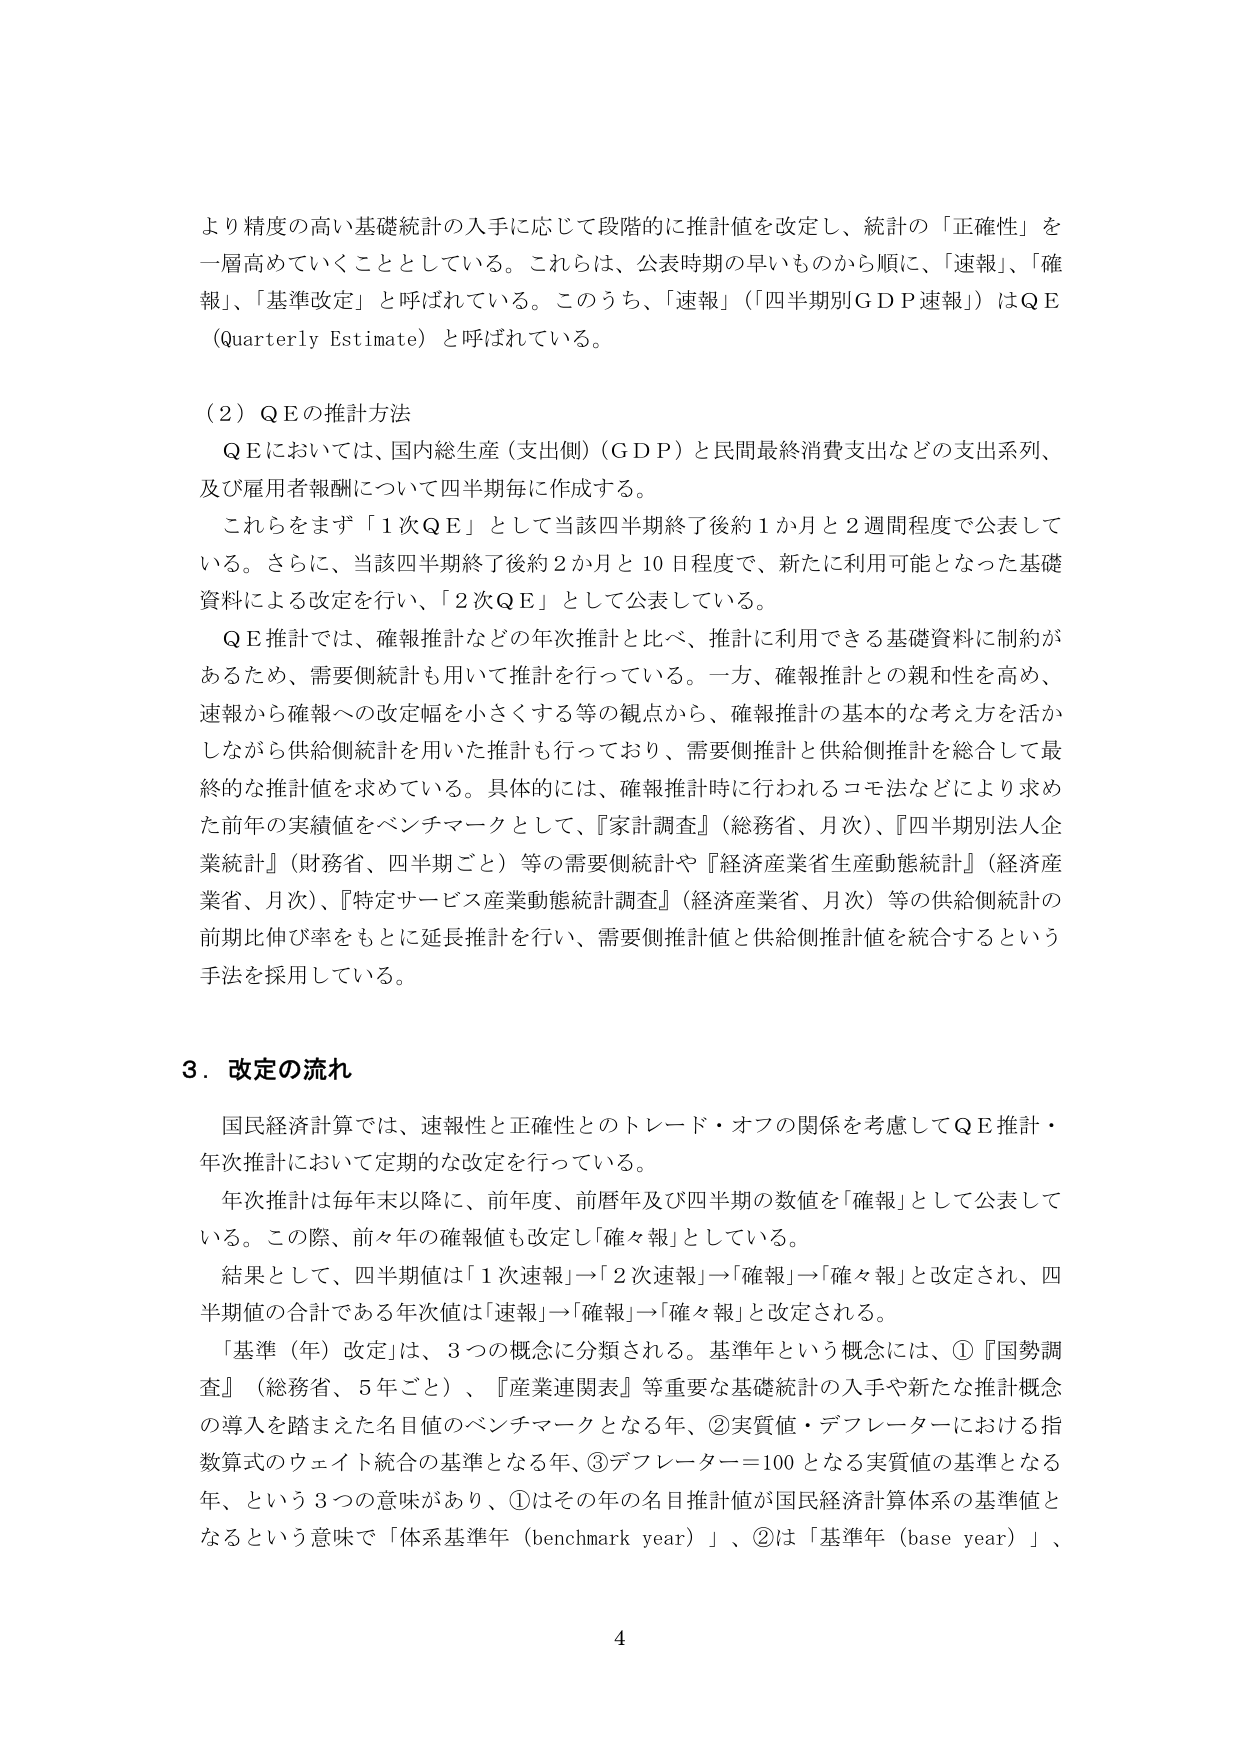
より精度の高い基礎統計の入手に応じて段階的に推計値を改定し、統計の「正確性」を一層高めていくこととしている。これらは、公表時期の早いものから順に、「速報」、「確報」、「基準改定」と呼ばれている。このうち、「速報」（「四半期別ＧＤＰ速報」）はＱＥ（Quarterly Estimate）と呼ばれている。

（２）ＱＥの推計方法

　ＱＥにおいては、国内総生産（支出側）（ＧＤＰ）と民間最終消費支出などの支出系列、及び雇用者報酬について四半期毎に作成する。

　これらをまず「１次ＱＥ」として当該四半期終了後約１か月と２週間程度で公表している。さらに、当該四半期終了後約２か月と10日程度で、新たに利用可能となった基礎資料による改定を行い、「２次ＱＥ」として公表している。

　ＱＥ推計では、確報推計などの年次推計と比べ、推計に利用できる基礎資料に制約があるため、需要側統計も用いて推計を行っている。一方、確報推計との親和性を高め、速報から確報への改定幅を小さくする等の観点から、確報推計の基本的な考え方を活かしながら供給側統計を用いた推計も行っており、需要側推計と供給側推計を総合して最終的な推計値を求めている。具体的には、確報推計時に行われるコモ法などにより求めた前年の実績値をベンチマークとして、『家計調査』（総務省、月次）、『四半期別法人企業統計』（財務省、四半期ごと）等の需要側統計や『経済産業省生産動態統計』（経済産業省、月次）、『特定サービス産業動態統計調査』（経済産業省、月次）等の供給側統計の前期比伸び率をもとに延長推計を行い、需要側推計値と供給側推計値を統合するという手法を採用している。

３．改定の流れ

　国民経済計算では、速報性と正確性とのトレード・オフの関係を考慮してＱＥ推計・年次推計において定期的な改定を行っている。

　年次推計は毎年末以降に、前年度、前暦年及び四半期の数値を「確報」として公表している。この際、前々年の確報値も改定し「確々報」としている。

　結果として、四半期値は「１次速報」→「２次速報」→「確報」→「確々報」と改定され、四半期値の合計である年次値は「速報」→「確報」→「確々報」と改定される。

　「基準（年）改定」は、３つの概念に分類される。基準年という概念には、①『国勢調査』（総務省、５年ごと）、『産業連関表』等重要な基礎統計の入手や新たな推計概念の導入を踏まえた名目値のベンチマークとなる年、②実質値・デフレーターにおける指数算式のウェイト統合の基準となる年、③デフレーター＝100となる実質値の基準となる年、という３つの意味があり、①はその年の名目推計値が国民経済計算体系の基準値となるという意味で「体系基準年（benchmark year）」、②は「基準年（base year）」、

4